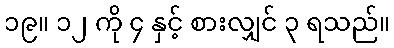
၁၉။ ၁၂ ကို ၄ နှင့် စားလျှင် ၃ ရသည်။